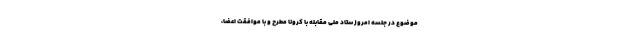
موضوع در جلسه امروز ستاد ملی مقابله با کرونا مطرح و با موافقت اعضا،